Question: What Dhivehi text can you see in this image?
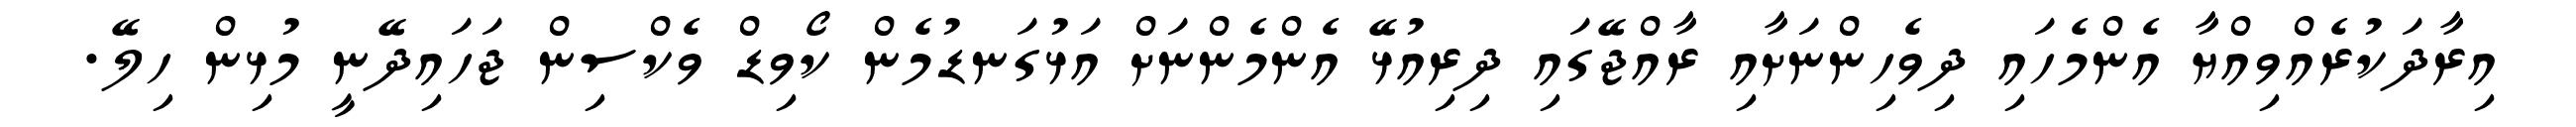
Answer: އިރާދަކުރެއްވިއްޔާ އެންމެހައި ދިވެހިންނަށާއި ރާއްޖޭގައި ދިރިއުޅޭ އެންމެންނަށް އަޅުގަނޑުމެން ކޯވިޑް ވެކްސިން ޖަހައިދޭނީ މުޅިން ހިލޭ.